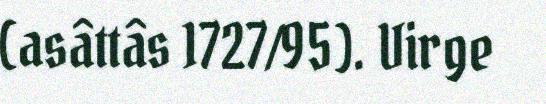
(asâttâs 1727/95). Virge